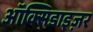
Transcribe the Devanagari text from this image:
ऑक्सिडाइज़र